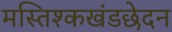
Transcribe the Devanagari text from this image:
मस्तिश्कखंडछेदन